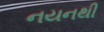
નયનથી